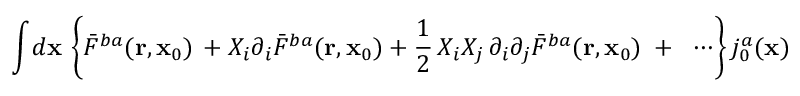
{ \int } d { \bf x } \, \left\{ { \bar { \cal F } } ^ { b a } ( { \bf r } , { \bf x } _ { 0 } ) \, + X _ { i } \partial _ { i } { \bar { \cal F } } ^ { b a } ( { \bf r } , { \bf x } _ { 0 } ) + \frac { 1 } { 2 } \, X _ { i } X _ { j } \, \partial _ { i } \partial _ { j } { \bar { \cal F } } ^ { b a } ( { \bf r } , { \bf x } _ { 0 } ) \; + \; \; \cdots \right\} { j } _ { 0 } ^ { a } ( { \bf x } )